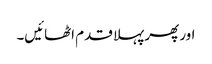
اور پھر پہلا قدم اٹھائیں۔